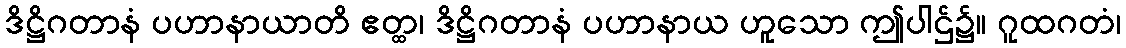
ဒိဋ္ဌိဂတာနံ ပဟာနာယာတိ ဧတ္ထ၊ ဒိဋ္ဌိဂတာနံ ပဟာနာယ ဟူသော ဤပါဌ်၌။ ဂူထဂတံ၊